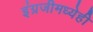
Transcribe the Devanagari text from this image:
इंग्रजीमध्येही